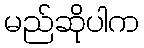
မည်ဆိုပါက